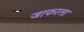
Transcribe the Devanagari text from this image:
जाफरला